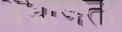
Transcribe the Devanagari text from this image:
अघ्राणता